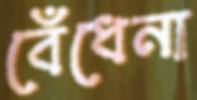
বেঁধেনা